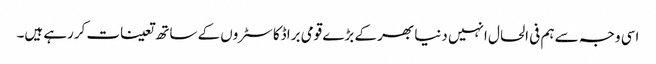
اسی وجہ سے ہم فی الحال انہیں دنیا بھر کے بڑے قومی براڈکاسٹروں کے ساتھ تعینات کررہے ہیں۔